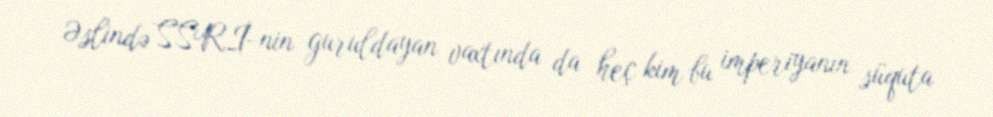
Əslində SSRİ-nin guruldayan vaxtında da heç kim bu imperiyanın süquta